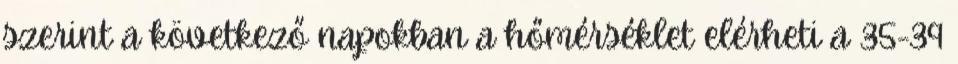
szerint a következő napokban a hőmérséklet elérheti a 35-39